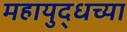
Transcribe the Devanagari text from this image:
महायुद्धच्या